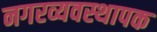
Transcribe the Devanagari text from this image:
नगरव्यवस्थापक